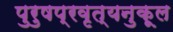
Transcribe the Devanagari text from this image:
पुरुषप्रवृत्यनुकूल